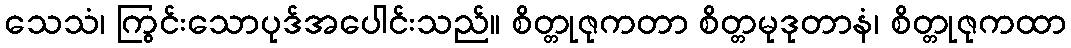
သေသံ၊ ကြွင်းသောပုဒ်အပေါင်းသည်။ စိတ္တုဇုကတာ စိတ္တမုဒုတာနံ၊ စိတ္တုဇုကထာ